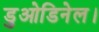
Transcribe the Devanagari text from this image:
डुओडिनेल।